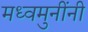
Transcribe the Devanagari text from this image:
मध्वमुनींनी